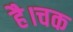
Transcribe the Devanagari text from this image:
है।चक